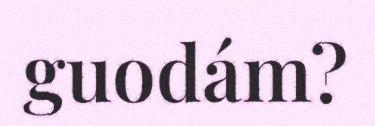
guodám?